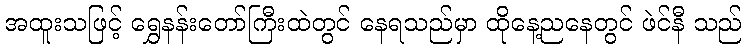
အထူးသဖြင့် ရွှေနန်းတော်ကြီးထဲတွင် နေရသည်မှာ ထိုနေ့ညနေတွင် ဖဲင်နီ သည်